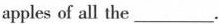
apples of all the___.